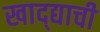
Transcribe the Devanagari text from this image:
खाद्द्याची